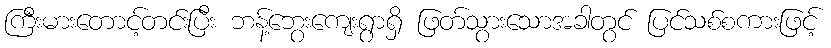
ကြီးမားတောင့်တင်းပြီး ဘန့်ဘွေးကျေးရွာရှိ ဖြတ်သွားသောအခါတွင် ပြင်သစ်စကားဖြင့်